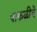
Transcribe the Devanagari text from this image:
पाकळीचे